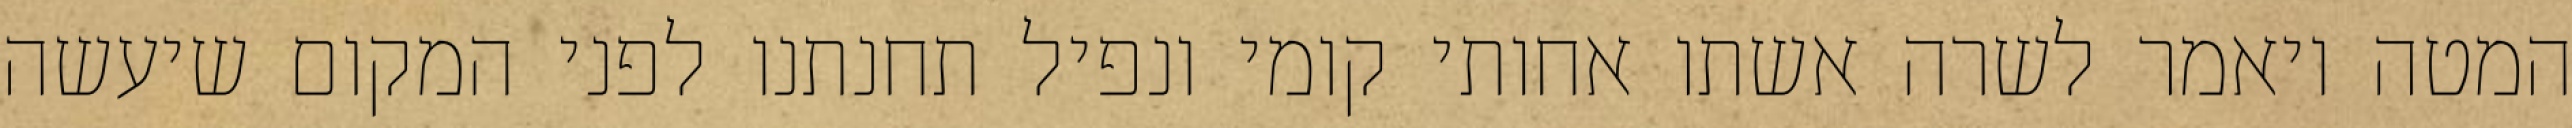
המטה ויאמר לשרה אשתו אחותי קומי ונפיל תחנתנו לפני המקום שיעשה